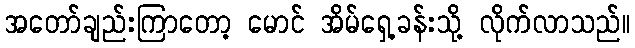
အတော်ချည်းကြာတော့ မောင် အိမ်ရှေ့ခန်းသို့ လိုက်လာသည်။